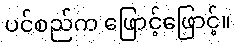
ပင်စည်က ဖြောင့်ဖြောင့်။